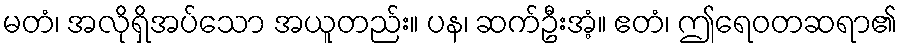
မတံ၊ အလိုရှိအပ်သော အယူတည်း။ ပန၊ ဆက်ဦးအံ့။ ဧတံ၊ ဤရေဝတဆရာ၏